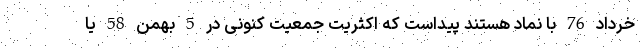
خرداد 76 با نماد هستند پیداست که اکثریت جمعیت کنونی در 5 بهمن 58 یا